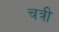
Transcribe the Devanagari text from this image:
चत्री